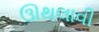
ઊથલાવી